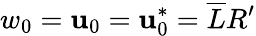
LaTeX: w_{0}=\mathbf{u}_{0}=\mathbf{u}_{0}^{*}=\overline{{{L}}}R^{\prime}